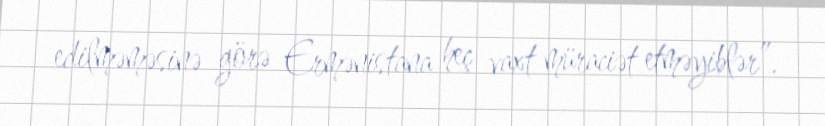
edilməməsinə görə Ermənistana heç vaxt müraciət etməyiblər”.